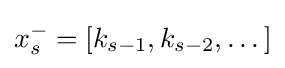
x_{s}^{-}=\left[k_{s-1},k_{s-2},\dots \right]